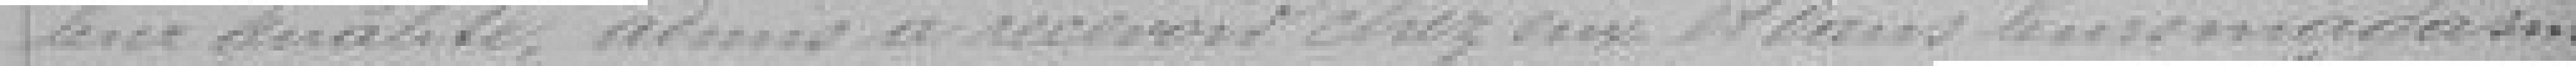
leur qualité admis à recevoir chez eux et dans leurs magasins